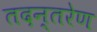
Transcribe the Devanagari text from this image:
तदन्तरेण